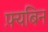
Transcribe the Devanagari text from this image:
फ़्यबिन